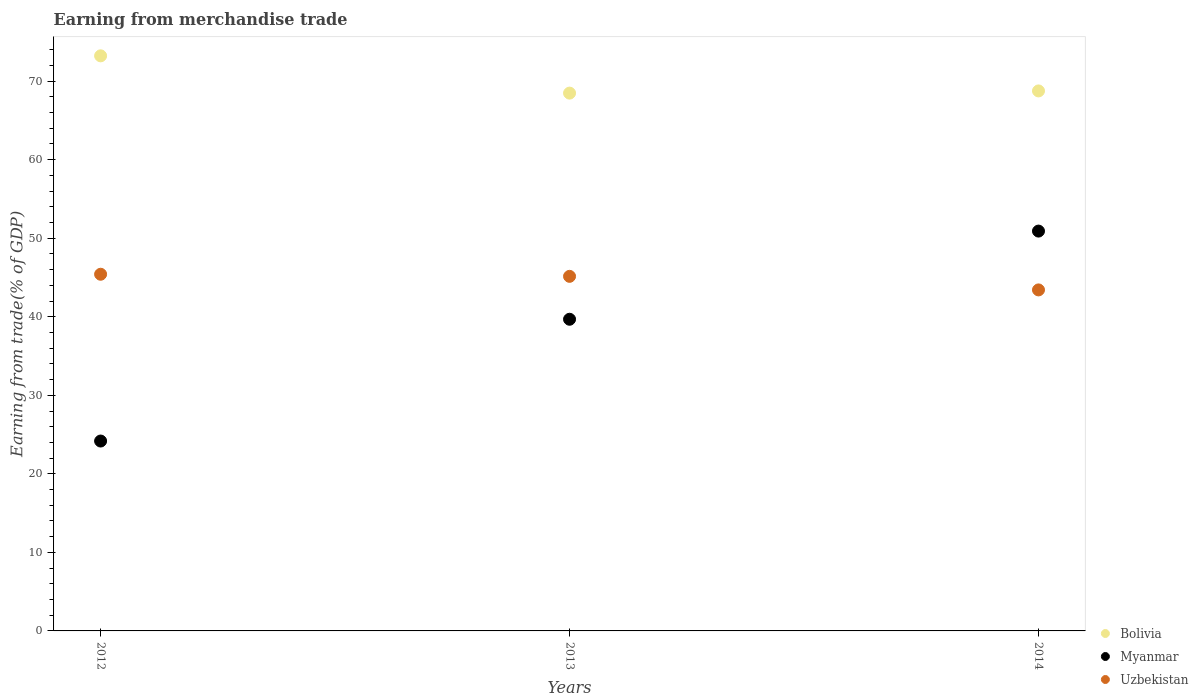
| Years | Bolivia | Myanmar | Uzbekistan |
 | --- | --- | --- | --- |
 | 2012 | 73.2 | 24.2 | 45.4 |
 | 2013 | 68.5 | 39.7 | 45.1 |
 | 2014 | 68.8 | 50.9 | 43.4 |